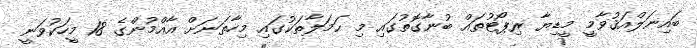
ބައިނަލްއަޤުވާމީ މީޑިޔާ ރިޕޯޓުތައް ބުނާގޮތުގައި މި ޙަމަލާތަކުގައި މިހާތަނަށް އާއްމުންގެ 18 މީހަކުވަނީ